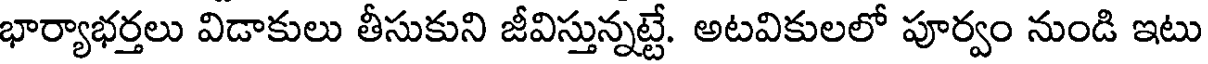
భార్యాభర్తలు విడాకులు తీసుకుని జీవిస్తున్నట్టే. అటవికులలో పూర్వం నుండి ఇటు